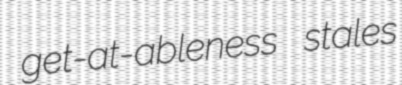
get-at-ableness stales